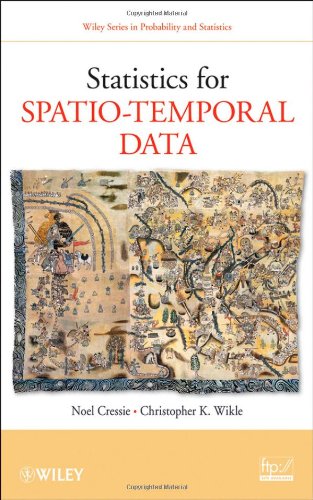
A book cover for Statistics for Spatio-Temporal Data; Noel Cressie; Engineering & Transportation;